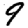
Digit: 9